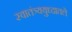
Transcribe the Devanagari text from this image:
स्वातंत्र्ययुध्दातले